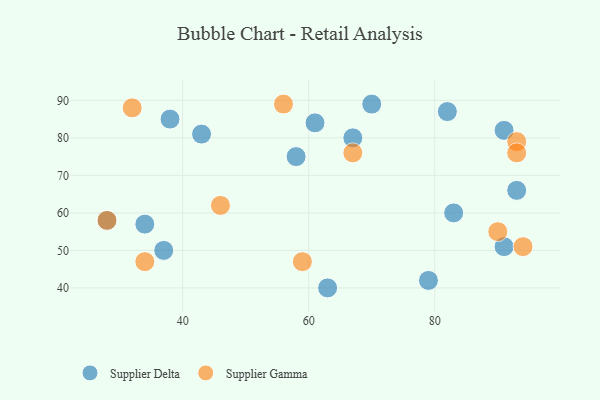
{"axis": {"x": "GDP", "y": "Life Expectancy"}, "legend": ["Supplier Delta", "Supplier Gamma"], "data": [{"x": "83", "y": 60, "type": "Supplier Delta"}, {"x": "61", "y": 84, "type": "Supplier Delta"}, {"x": "82", "y": 87, "type": "Supplier Delta"}, {"x": "63", "y": 40, "type": "Supplier Delta"}, {"x": "79", "y": 42, "type": "Supplier Delta"}, {"x": "93", "y": 66, "type": "Supplier Delta"}, {"x": "58", "y": 75, "type": "Supplier Delta"}, {"x": "34", "y": 57, "type": "Supplier Delta"}, {"x": "38", "y": 85, "type": "Supplier Delta"}, {"x": "67", "y": 80, "type": "Supplier Delta"}, {"x": "43", "y": 81, "type": "Supplier Delta"}, {"x": "91", "y": 51, "type": "Supplier Delta"}, {"x": "70", "y": 89, "type": "Supplier Delta"}, {"x": "91", "y": 82, "type": "Supplier Delta"}, {"x": "28", "y": 58, "type": "Supplier Delta"}, {"x": "37", "y": 50, "type": "Supplier Delta"}, {"x": "93", "y": 79, "type": "Supplier Gamma"}, {"x": "67", "y": 76, "type": "Supplier Gamma"}, {"x": "56", "y": 89, "type": "Supplier Gamma"}, {"x": "94", "y": 51, "type": "Supplier Gamma"}, {"x": "93", "y": 76, "type": "Supplier Gamma"}, {"x": "28", "y": 58, "type": "Supplier Gamma"}, {"x": "59", "y": 47, "type": "Supplier Gamma"}, {"x": "34", "y": 47, "type": "Supplier Gamma"}, {"x": "46", "y": 62, "type": "Supplier Gamma"}, {"x": "90", "y": 55, "type": "Supplier Gamma"}, {"x": "32", "y": 88, "type": "Supplier Gamma"}]}